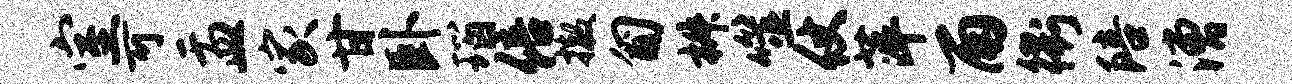
室可盂家甘卧瑙倍撤匍椒噬仗萍雨衢陪漕